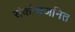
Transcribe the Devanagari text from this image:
संकोचजनित